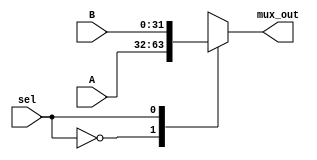
`timescale 1ns / 1ps
//////////////////////////////////////////////////////////////////////////////////
// Mauricio Salomon - 200900582
// Miguel Taylor -201117893
// Juan Pablo Arias Mora - 200826602
// Sebastian Gonzalez - 201159610
//////////////////////////////////////////////////////////////////////////////////
module Mux_2_Channel( A, B , sel, mux_out );
input [31:0] A, B;
input sel;
output reg [31:0] mux_out;
always @ (sel or A or B)
begin
 case( sel ) 
    1'b0 : mux_out = A;
    1'b1 : mux_out = B;
 endcase 
end

endmodule